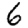
Digit: 6